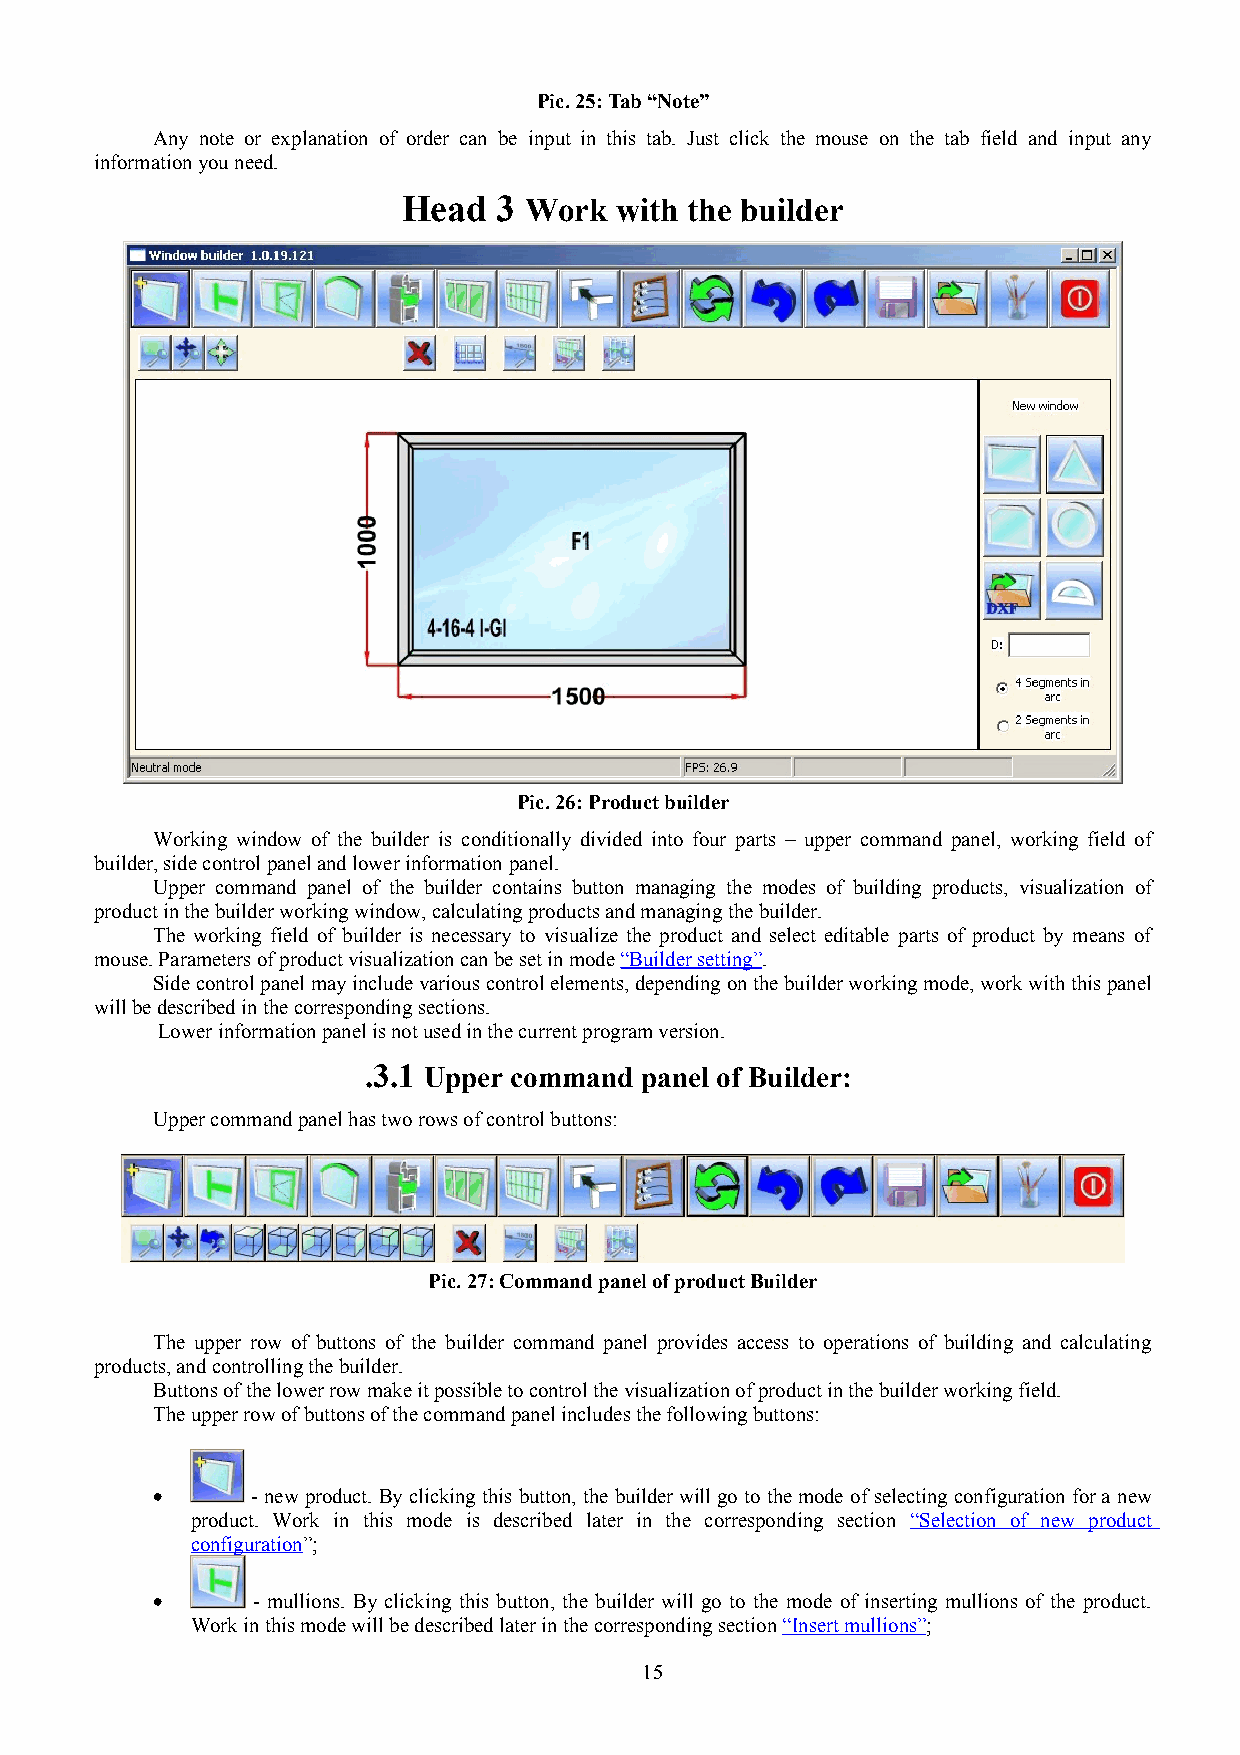
Pic. 25: Tab “Note”
 Any note or explanation of order can be input in this tab. Just click the mouse on the tab field and input any
 information you need.
 Head  3 Work  with the builder
 Pic. 26: Product builder
 Working window of the builder is conditionally divided into four parts – upper command panel, working field of
 builder, side control panel and lower information panel.
 Upper command panel of the builder contains button managing the modes of building products, visualization of
 product in the builder working window, calculating products and managing the builder.
 The working field of builder is necessary to visualize the product and select editable parts of product by means of
 mouse. Parameters of product visualization can be set in mode “Builder setting”.
 Side control panel may include various control elements, depending on the builder working mode, work with this panel
 will be described in the corresponding sections.
 Lower information panel is not used in the current program version.
 .3.1 Upper command panel of Builder:
 Upper command panel has two rows of control buttons:
 Pic. 27: Command panel of product Builder
 The upper row of buttons of the builder command panel provides access to operations of building and calculating
 products, and controlling the builder.
 Buttons of the lower row make it possible to control the visualization of product in the builder working field.
 The upper row of buttons of the command panel includes the following buttons:
 •      - new product. By clicking this button, the builder will go to the mode of selecting configuration for a new
 product. Work in this mode is described later in the corresponding section “Selection of new product
 configuration”;
 •      - mullions. By clicking this button, the builder will go to the mode of inserting mullions of the product.
 Work in this mode will be described later in the corresponding section “Insert mullions”;
 15